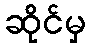
ဆိုင်မှ